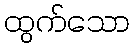
ထွက်သော